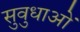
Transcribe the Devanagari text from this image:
सुवुधाओं